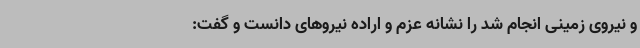
و نیروی زمینی انجام شد را نشانه عزم و اراده نیروهای دانست و گفت: